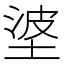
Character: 𪣭